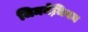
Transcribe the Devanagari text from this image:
जिमनेजि़यम